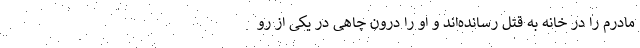
مادرم را در خانه به قتل رسانده‌اند و او را درون چاهی در یکی از رو